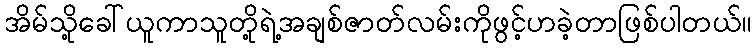
အိမ်သို့ခေါ်ယူကာသူတို့ရဲ့အချစ်ဇာတ်လမ်းကိုဖွင့်ဟခဲ့တာဖြစ်ပါတယ်။